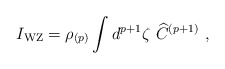
\begin{align*}I_{\rm WZ} = \rho_{(p)} \int d^{p+1}\zeta\ {\widehat C }^{(p+1)} \ ,\end{align*}